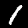
Label: 1